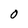
Character: 0